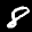
Label: 8